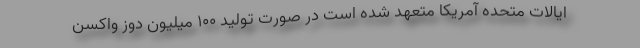
ایالات متحده آمریکا متعهد شده است در صورت تولید 100 میلیون دوز واکسن